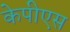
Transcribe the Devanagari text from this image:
केपीएस